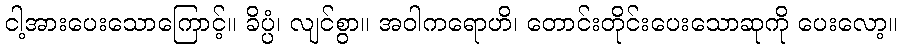
ငါ့အားပေးသောကြောင့်။ ခိပ္ပံ၊ လျင်စွာ။ အဝါကရောဟိ၊ တောင်းတိုင်းပေးသောဆုကို ပေးလော့။